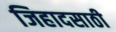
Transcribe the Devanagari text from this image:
जिहादसाठी